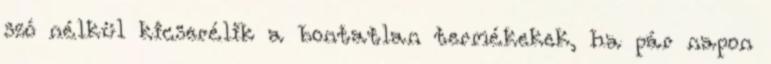
szó nélkül kicserélik a bontatlan termékekek, ha pár napon